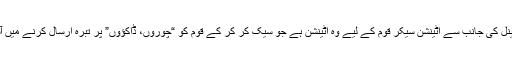
تو بھیا یہ اٹینشن سیکر چینل کی جانب سے اٹینشن سیکر قوم کے لیے وہ اٹینشن ہے جو سیک کر کر کے قوم کو “چوروں، ڈاکؤوں” پر تبرہ ارسال کرنے میں آسانی فراہم کی جائے گی۔